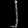
Digit: ၂